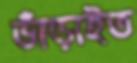
ভাঁড়াইত